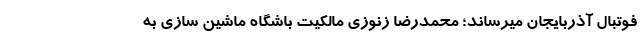
فوتبال آذربایجان میرساند؛ محمدرضا زنوزی مالکیت باشگاه ماشین سازی به